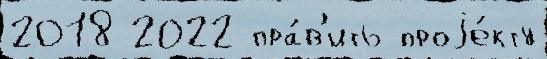
2018 2022 пра́в'ить проjе́кту